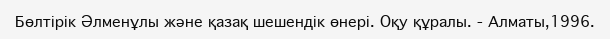
Бөлтірік Әлменұлы және қазақ шешендік өнері. Оқу құралы. - Алматы,1996.